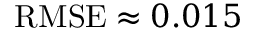
\operatorname { R M S E } \approx 0 . 0 1 5